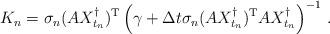
LaTeX: \begin{align*} K_n = \sigma_n (AX_{t_n}^\dagger)^{\rm T} \left( \gamma + \Delta t \sigma_n (AX_{t_n}^\dagger)^{\rm T} AX_{t_n}^\dagger\right)^{-1}\,.\end{align*}